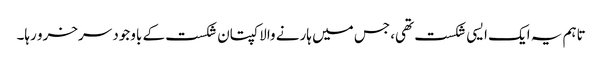
تاہم یہ ایک ایسی شکست تھی، جس میں ہارنے والا کپتان شکست کے باوجود سرخرو رہا۔